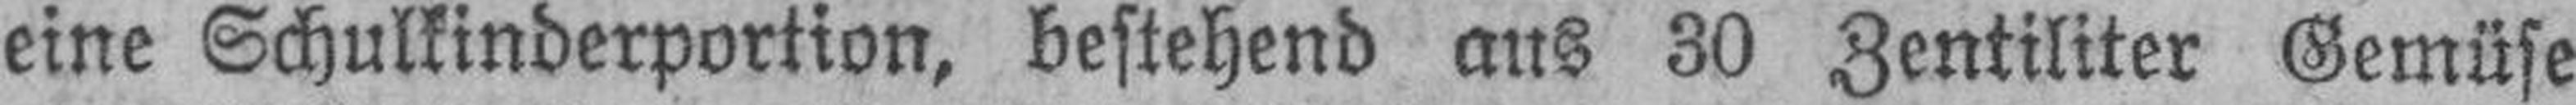
eine Schulkinderportion, bestehend aus 30 Zentiliter Gemüse